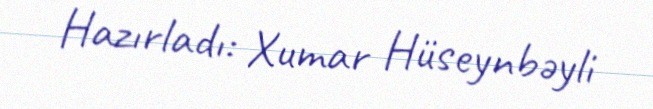
Hazırladı: Xumar Hüseynbəyli